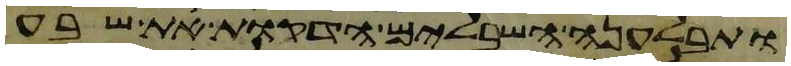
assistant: ותבלענה השבלים הדקות את שבע